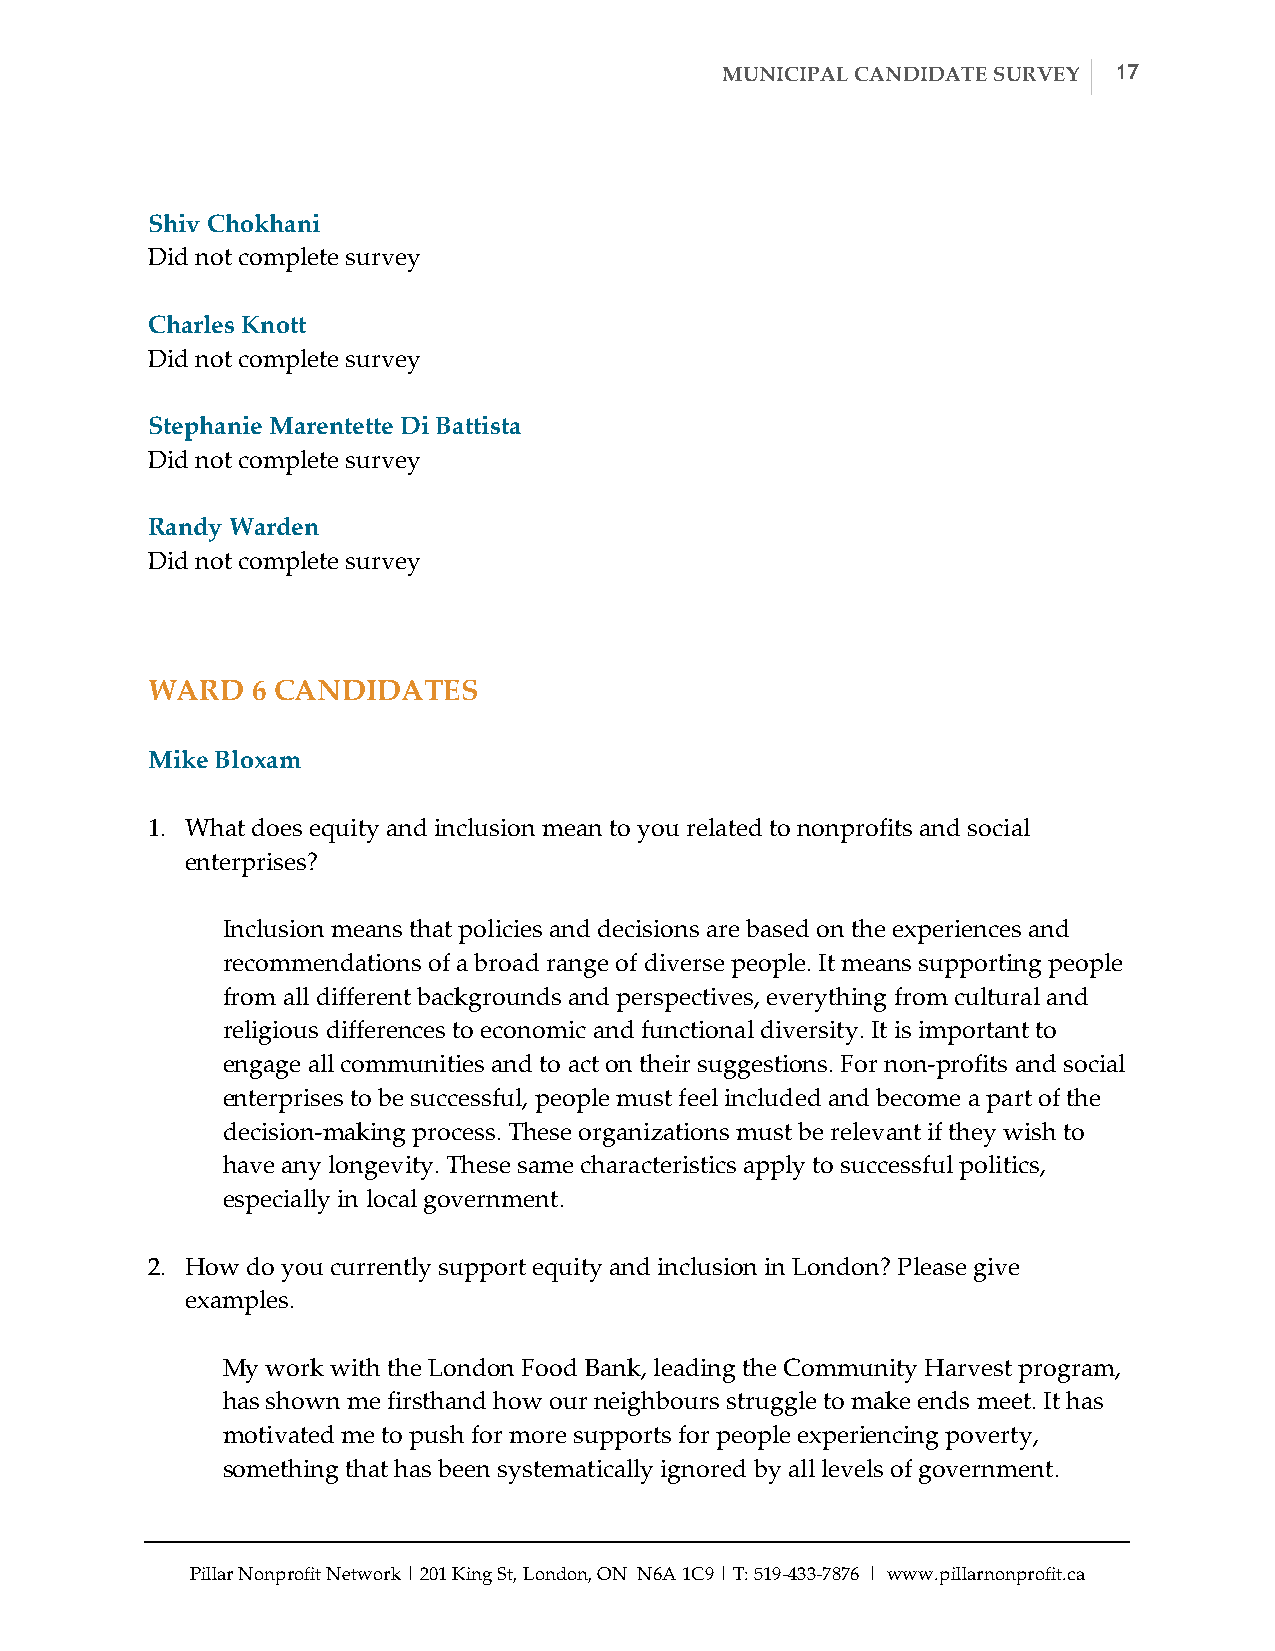
MUNICIPAL CANDIDATE SURVEY 17
 Shiv Chokhani
 Did not complete survey
 Charles Knott
 Did not complete survey
 Stephanie Marentette Di Battista
 Did not complete survey
 Randy Warden
 Did not complete survey
 WARD   6 CANDIDATES
 Mike Bloxam
 1. What does equity and inclusion mean to you related to nonprofits and social
 enterprises?
 Inclusion means that policies and decisions are based on the experiences and
 recommendations of a broad range of diverse people. It means supporting people
 from all different backgrounds and perspectives, everything from cultural and
 religious differences to economic and functional diversity. It is important to
 engage all communities and to act on their suggestions. For non-­‐‑profits and social
 enterprises to be successful, people must feel included and become a part of the
 decision-­‐‑making process. These organizations must be relevant if they wish to
 have any longevity. These same characteristics apply to successful politics,
 especially in local government.
 2. How do you currently support equity and inclusion in London? Please give
 examples.
 My work with the London Food Bank, leading the Community Harvest program,
 has shown me firsthand how our neighbours struggle to make ends meet. It has
 motivated me to push for more supports for people experiencing poverty,
 something that has been systematically ignored by all levels of government.
 Pillar Nonprofit Network | 201 King St, London, ON N6A 1C9 | T: 519-­‐‑433-­‐‑7876 | www.pillarnonprofit.ca